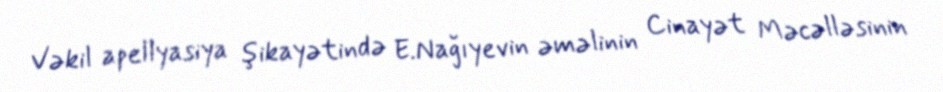
Vəkil apellyasiya şikayətində E.Nağıyevin əməlinin Cinayət Məcəlləsinin